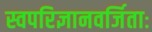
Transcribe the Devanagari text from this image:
स्वपरिज्ञानवर्जिताः